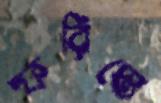
ফরিস্তে